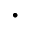
\cdot